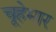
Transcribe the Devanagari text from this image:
चूहेमार